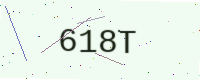
Text: 618T